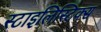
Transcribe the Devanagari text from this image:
स्टाइलिस्टिक्स